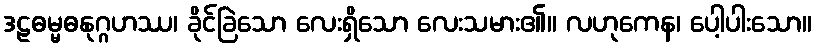
ဒဠဓမ္မဓနုဂ္ဂဟဿ၊ ခိုင်ခြဲသော လေးရှိသော လေးသမား၏။ လဟုကေန၊ ပေါ့ပါးသော။